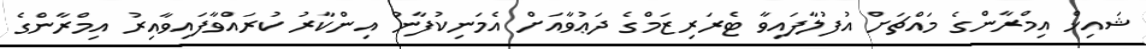
ޝައިޚް އިމްރާންގެ މައްޗަށް އުފުލާފައިވާ ޓެރަރިޒަމްގެ ދަޢުވާއަށް އެމަނިކުފާނު އިންކާރު ކުރައްވާފައިވާއިރު އިމްރާންގެ